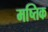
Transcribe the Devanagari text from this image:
मष्तिक